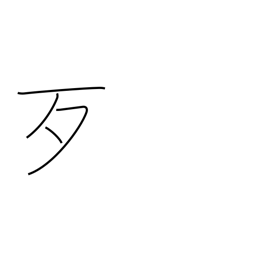
Meaning: bare bone